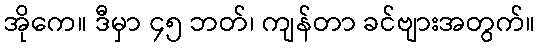
အိုကေ။ ဒီမှာ ၄၅ ဘတ်၊ ကျန်တာ ခင်ဗျားအတွက်။